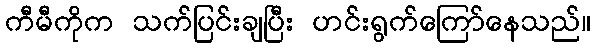
ကီမီကိုက သက်ပြင်းချပြီး ဟင်းရွက်ကြော်နေသည်။